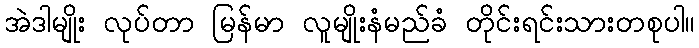
အဲဒါမျိုး လုပ်တာ မြန်မာ လူမျိုးနံမည်ခံ တိုင်းရင်းသားတစုပါ။